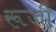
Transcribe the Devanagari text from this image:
रूजी